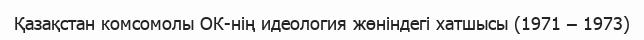
Қазақстан комсомолы ОК-нің идеология жөніндегі хатшысы (1971 – 1973)